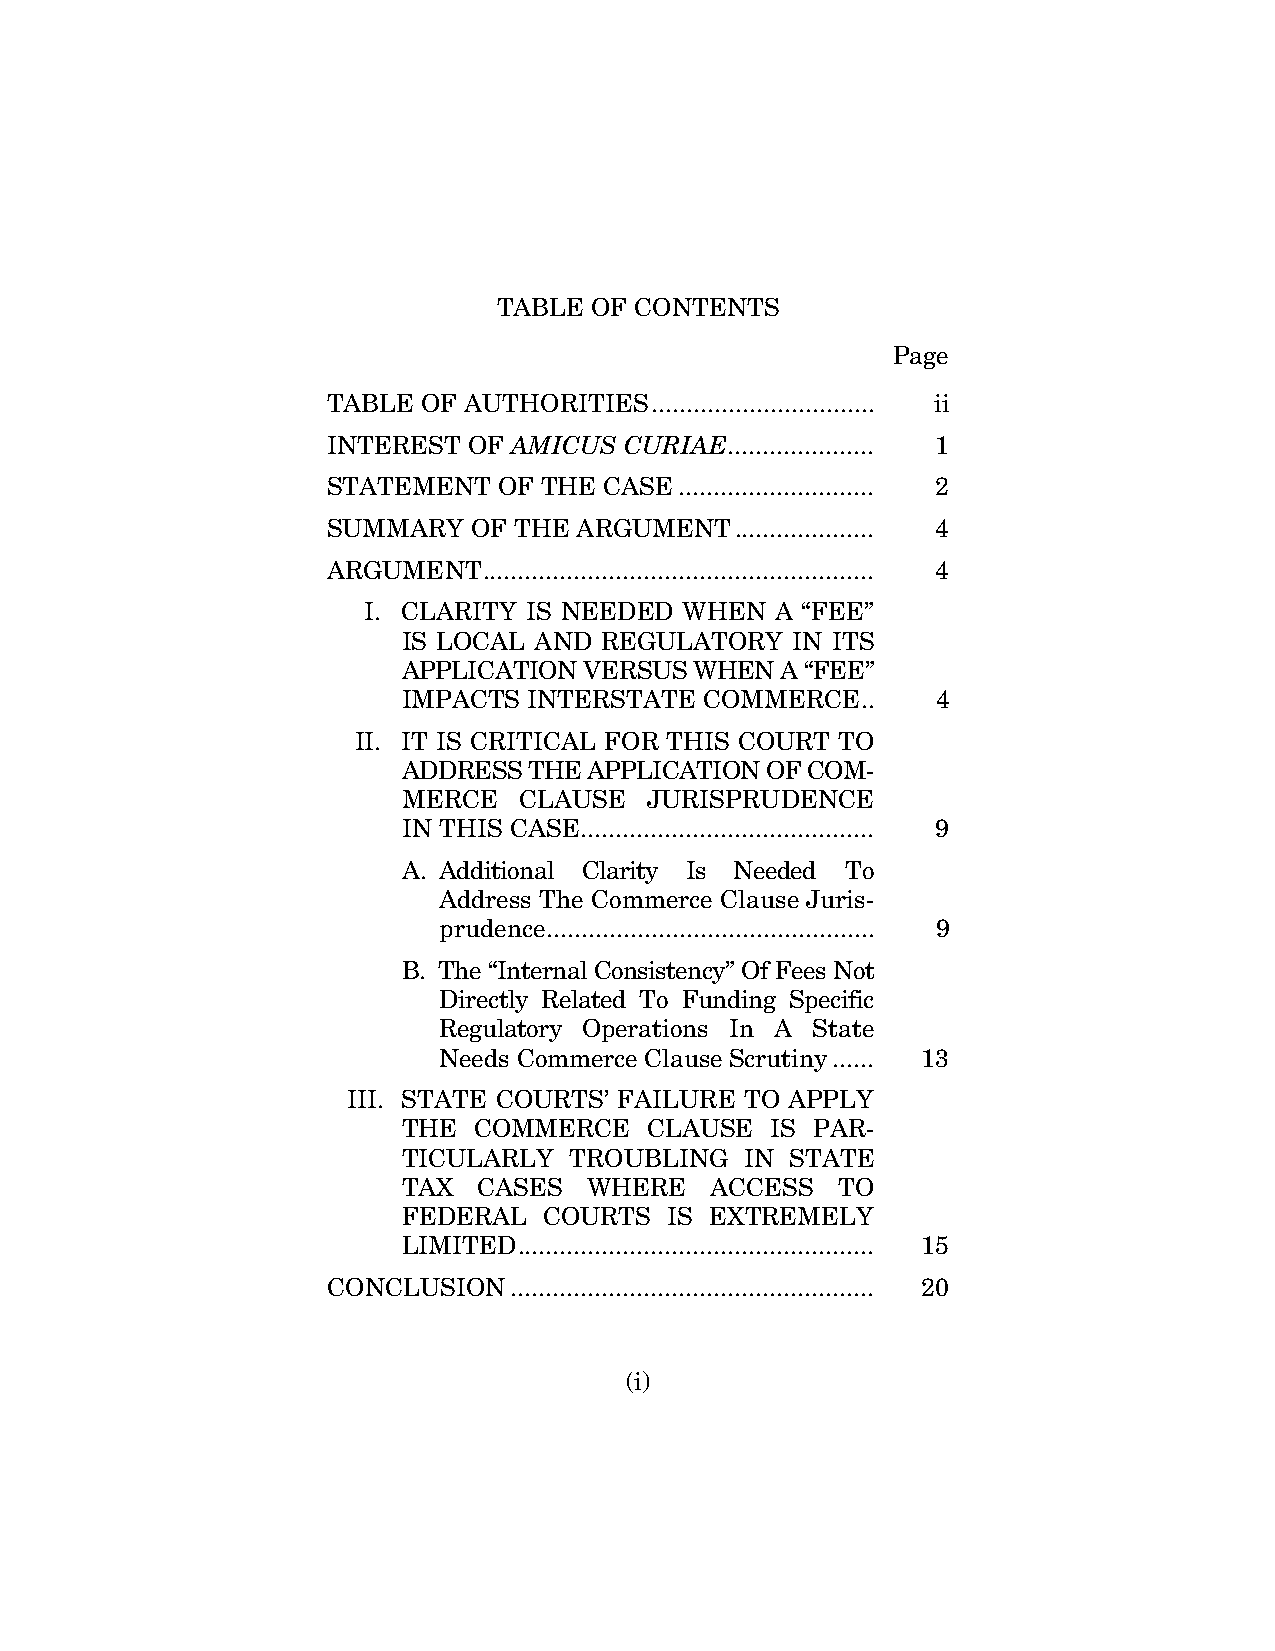
TABLE OF CONTENTS
 Page
 TABLE OF AUTHORITIES ................................ ii
 INTEREST OF AMICUS CURIAE ..................... 1
 STATEMENT  OF THE CASE ............................ 2
 SUMMARY  OF THE ARGUMENT   .................... 4
 ARGUMENT  ........................................................ 4
 I. CLARITY IS NEEDED WHEN  A “FEE”
 IS LOCAL AND REGULATORY  IN ITS
 APPLICATION VERSUS WHEN  A “FEE”
 IMPACTS INTERSTATE  COMMERCE  ..   4
 II. IT IS CRITICAL FOR THIS COURT TO
 ADDRESS THE APPLICATION OF COM-
 MERCE  CLAUSE   JURISPRUDENCE
 IN THIS CASE .......................................... 9
 A. Additional Clarity Is Needed To
 Address The Commerce Clause Juris-
 prudence............................................... 9
 B. The “Internal Consistency” Of Fees Not
 Directly Related To Funding Specific
 Regulatory Operations In A State
 Needs Commerce Clause Scrutiny ...... 13
 III. STATE COURTS’ FAILURE TO APPLY
 THE COMMERCE    CLAUSE  IS PAR-
 TICULARLY  TROUBLING  IN STATE
 TAX  CASES  WHERE   ACCESS   TO
 FEDERAL  COURTS  IS EXTREMELY
 LIMITED ................................................... 15
 CONCLUSION  .................................................... 20
 (i)